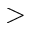
>